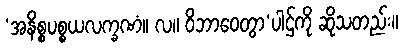
‘အနိစ္စပစ္စယလက္ခဏံ။ လ။ ဝိဘာဝေတွာ’ပါဌ်ကို ဆိုသတည်း။